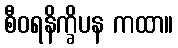
စီဝရနိက္ခိပန ကထာ။